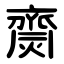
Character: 齌